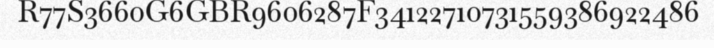
R77S3660G6GBR9606287F34122710731559386922486